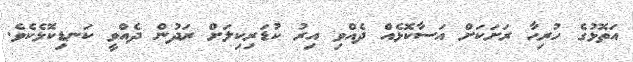
އަތޮޅުގެ ހުރިހާ ރަށަކަށް އަސާކޮޅެއް ދެއްވި އިރު ކުޑަރިކިލަށް ރަދުން ދެއްވީ ކަނޑިކޮޅެކެވެ.